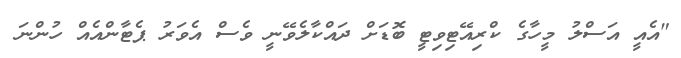
"އެއީ އަސްލު މީހާގެ ކްރިއޭޓިވިޓީ ބޮޑަށް ދައްކާލެވޭނީ ވެސް އެވަރު ޕެޓާންއެއް ހުންނަ